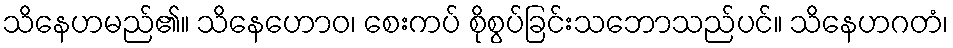
သိနေဟမည်၏။ သိနေဟောဝ၊ စေးကပ် စိုစွပ်ခြင်းသဘောသည်ပင်။ သိနေဟဂတံ၊